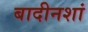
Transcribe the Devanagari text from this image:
बादीनशां